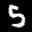
Label: 5